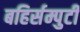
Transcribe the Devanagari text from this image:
बहिर्सम्पुटी